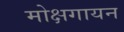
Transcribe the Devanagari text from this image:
मोक्षगायन